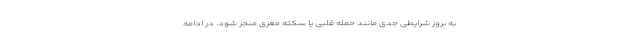
به بروز شرایطی جدی مانند حمله قلبی یا سکته مغزی منجر شود. در ادامه